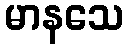
မာနသေ